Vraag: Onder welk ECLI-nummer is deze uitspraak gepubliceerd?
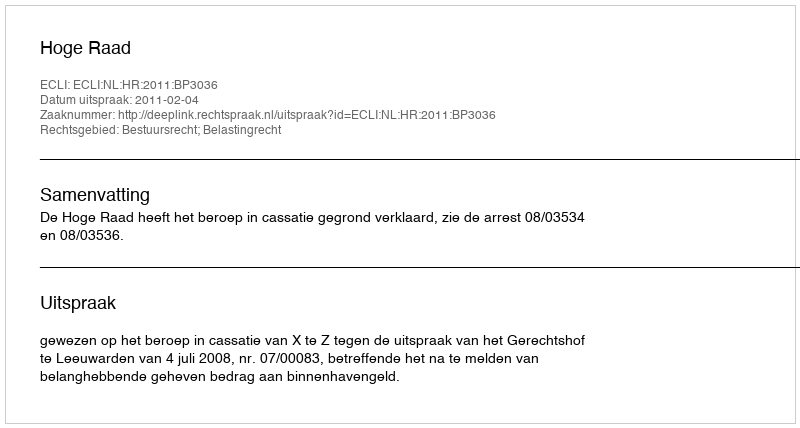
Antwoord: ECLI:NL:HR:2011:BP3036